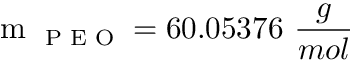
\textmd { m } _ { \textmd { P E O } } = 6 0 . 0 5 3 7 6 ~ \frac { g } { m o l }